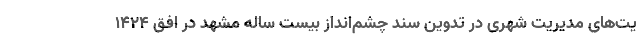
یت‌های مدیریت شهری در تدوین سند چشم‌انداز بیست ساله مشهد در افق ۱۴۲۴